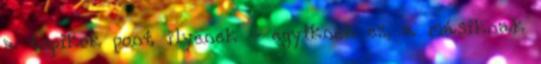
a topikok pont ilyenek - egyiknek ez, a másiknak